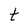
Character: t